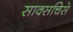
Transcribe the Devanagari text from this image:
साक्सचिसे